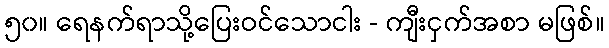
၅၀။ ရေနက်ရာသို့ပြေးဝင်သောငါး - ကျီးငှက်အစာ မဖြစ်။